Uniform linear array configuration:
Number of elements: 64
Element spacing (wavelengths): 1
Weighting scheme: kaiser
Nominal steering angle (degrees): -30
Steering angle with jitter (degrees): -30.05
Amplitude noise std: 0.05
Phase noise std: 0.05

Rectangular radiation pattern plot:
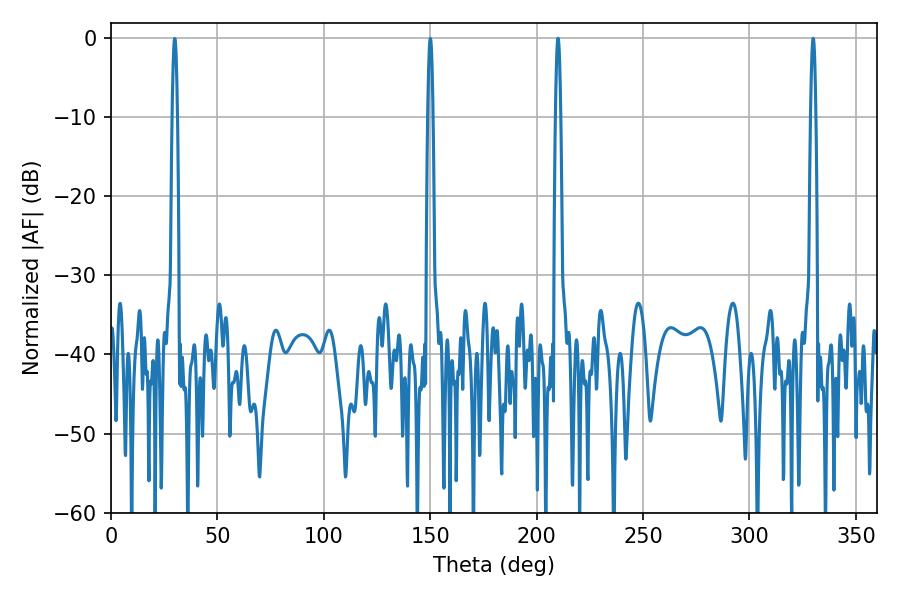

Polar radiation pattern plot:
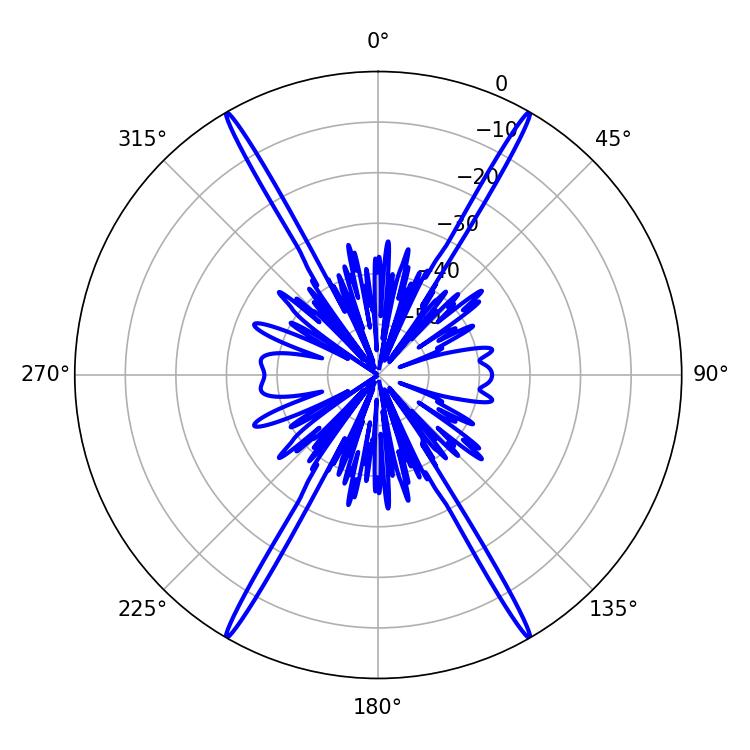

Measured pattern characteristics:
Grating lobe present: TRUE
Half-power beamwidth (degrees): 1.44
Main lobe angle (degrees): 329.94